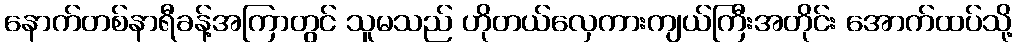
နောက်တစ်နာရီခန့်အကြာတွင် သူမသည် ဟိုတယ်လှေကားကျယ်ကြီးအတိုင်း အောက်ထပ်သို့